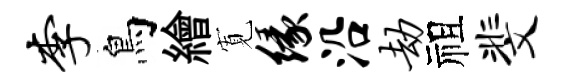
李鳥繪𡩖缘沿劫祖斐